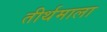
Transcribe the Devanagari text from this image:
तीर्थमाला